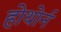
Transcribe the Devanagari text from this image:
होथोर्न